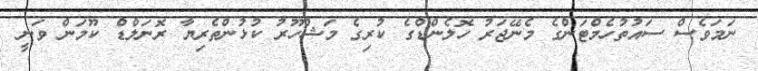
ނަމަވެސް ސައުތުހެމްޓަންގެ މެނޭޖަރު ހޮލެންޑްގެ ކުރިގެ މަޝްހޫރު ކުޅުންތެރިޔާ ރޮނަލްޑް ކޫމަން ވަނީ